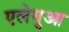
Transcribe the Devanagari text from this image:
एलेगुआ